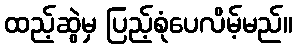
ထည့်ဆွဲမှ ပြည့်စုံပေလိမ့်မည်။